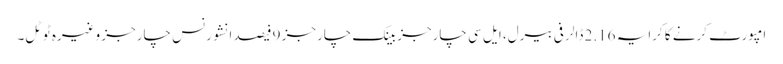
امپورٹ کرنے کا کرایہ 2.16 ڈالر فی بیرل، ایل سی چارجز بینک چارجز 9 فیصد انشورنس چارجز وغیرہ ٹوٹل۔